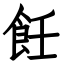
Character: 飪